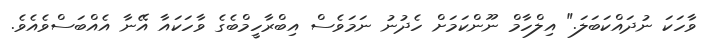
ވާހަކަ ނުދައްކަބަލަ." އިލްހާމް ނޫންކަމަށް ހެދުނު ނަމަވެސް އިބްރާހީމްބެގެ ވާހަކައާ އޭނާ އެއްބަސްވެއެވެ.